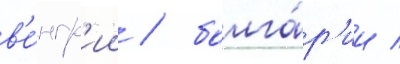
в'е́нгр'ии / болга́р'ии /